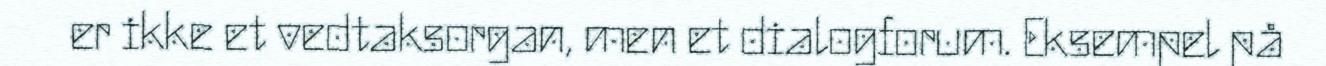
er ikke et vedtaksorgan, men et dialogforum. Eksempel på